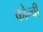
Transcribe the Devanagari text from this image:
कोन्ची